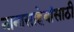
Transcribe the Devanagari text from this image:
नानासाहेबांसाठी